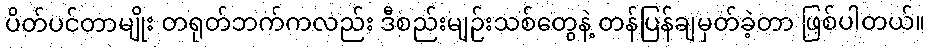
ပိတ်ပင်တာမျိုး တရုတ်ဘက်ကလည်း ဒီစည်းမျဉ်းသစ်တွေနဲ့ တန်ပြန်ချမှတ်ခဲ့တာ ဖြစ်ပါတယ်။